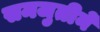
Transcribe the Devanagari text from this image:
समजुतीनें